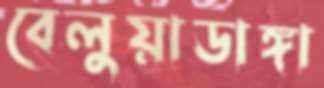
বেলুয়াডাঙ্গা